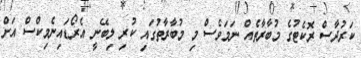
ކަރުދާސް ރޮކެޓުގެ މުބާރާތެއް ނަމަވެސް މި މުބާރާތުގައި ކުރި ލިބޭނީ އެރޯޑައިނެމިކްސް އަށް